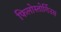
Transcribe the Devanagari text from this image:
फिलोस्तोर्गिउस